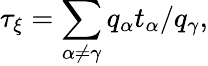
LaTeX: \tau_{\xi}=\sum_{\alpha\neq\gamma}q_{\alpha}t_{\alpha}/q_{\gamma},